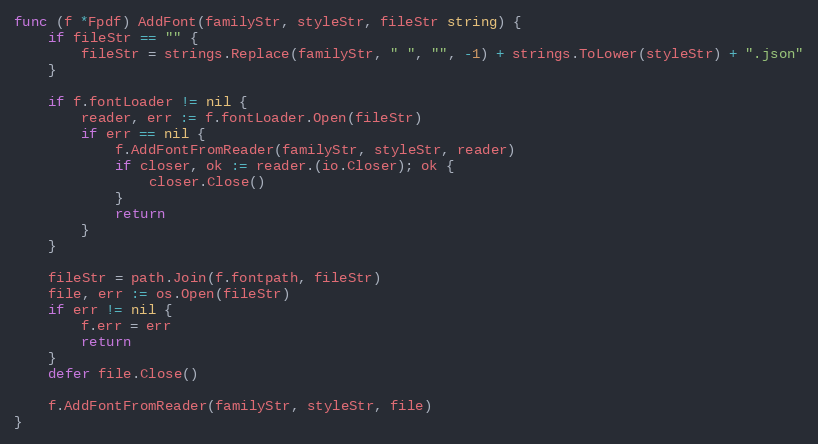
Language: Go
func (f *Fpdf) AddFont(familyStr, styleStr, fileStr string) {
	if fileStr == "" {
		fileStr = strings.Replace(familyStr, " ", "", -1) + strings.ToLower(styleStr) + ".json"
	}

	if f.fontLoader != nil {
		reader, err := f.fontLoader.Open(fileStr)
		if err == nil {
			f.AddFontFromReader(familyStr, styleStr, reader)
			if closer, ok := reader.(io.Closer); ok {
				closer.Close()
			}
			return
		}
	}

	fileStr = path.Join(f.fontpath, fileStr)
	file, err := os.Open(fileStr)
	if err != nil {
		f.err = err
		return
	}
	defer file.Close()

	f.AddFontFromReader(familyStr, styleStr, file)
}